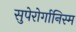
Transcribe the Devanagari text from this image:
सुपेरोर्गानिस्म